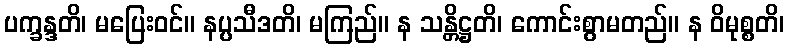
ပက္ခန္ဒတိ၊ မပြေးဝင်။ နပ္ပသီဒတိ၊ မကြည်။ န သန္တိဋ္ဌတိ၊ ကောင်းစွာမတည်။ န ဝိမုစ္စတိ၊